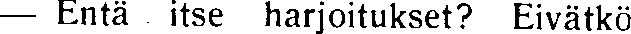
— Entä itse harjoitukset? Eivätkö